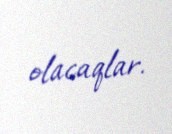
olacaqlar.